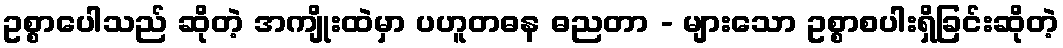
ဥစ္စာပေါသည် ဆိုတဲ့ အကျိုးထဲမှာ ပဟူတဓန ဓညတာ - များသော ဥစ္စာစပါးရှိခြင်းဆိုတဲ့